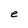
Character: e